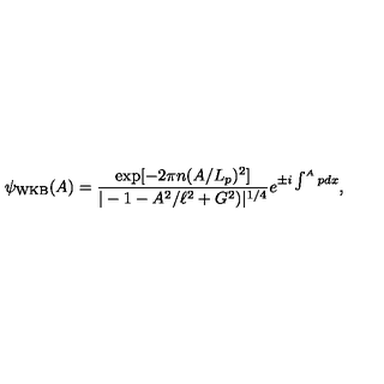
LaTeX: \psi _ { \mathrm { W K B } } ( A ) = \frac { \exp [ - 2 \pi n ( A / L _ { p } ) ^ { 2 } ] } { | - 1 - A ^ { 2 } / \ell ^ { 2 } + G ^ { 2 } ) | ^ { 1 / 4 } } e ^ { \pm i \int ^ { A } p d x } ,